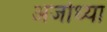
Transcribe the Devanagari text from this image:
अजोध्या